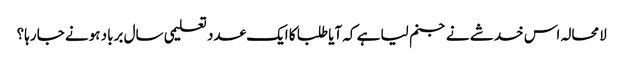
لامحالہ اس خدشے نے جنم لیا ہے کہ آیا طلبا کا ایک عدد تعلیمی سال برباد ہونے جا رہا؟